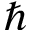
\hslash